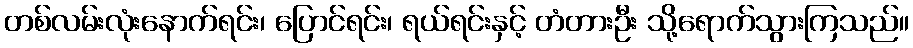
တစ်လမ်းလုံးနောက်ရင်း၊ ပြောင်ရင်း၊ ရယ်ရင်းနှင့် တံတားဦး သို့ရောက်သွားကြသည်။